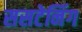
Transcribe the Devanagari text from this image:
ससटेनिंग